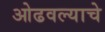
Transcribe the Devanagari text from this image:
ओढवल्याचे